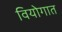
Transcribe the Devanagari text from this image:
वियोगात